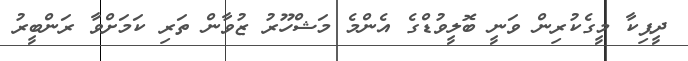
ދީޕިކާ މީގެކުރިން ވަނީ ބޮލީވުޑްގެ އެންމެ މަޝްހޫރު ޒުވާން ތަރި ކަމަށްވާ ރަންބީރު